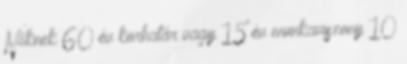
Nőknek 60 év korhatár vagy 15 év munkaviszony 10